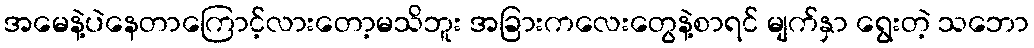
အမေနဲ့ပဲနေတာကြောင့်လားတော့မသိဘူး အခြားကလေးတွေနဲ့စာရင် မျက်နှာ ရွေးတဲ့ သဘော